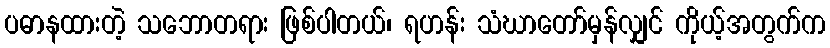
ပဓာနထားတဲ့ သဘောတရား ဖြစ်ပါတယ်၊ ရဟန်း သံဃာတော်မှန်လျှင် ကိုယ့်အတွက်က